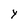
Character: P